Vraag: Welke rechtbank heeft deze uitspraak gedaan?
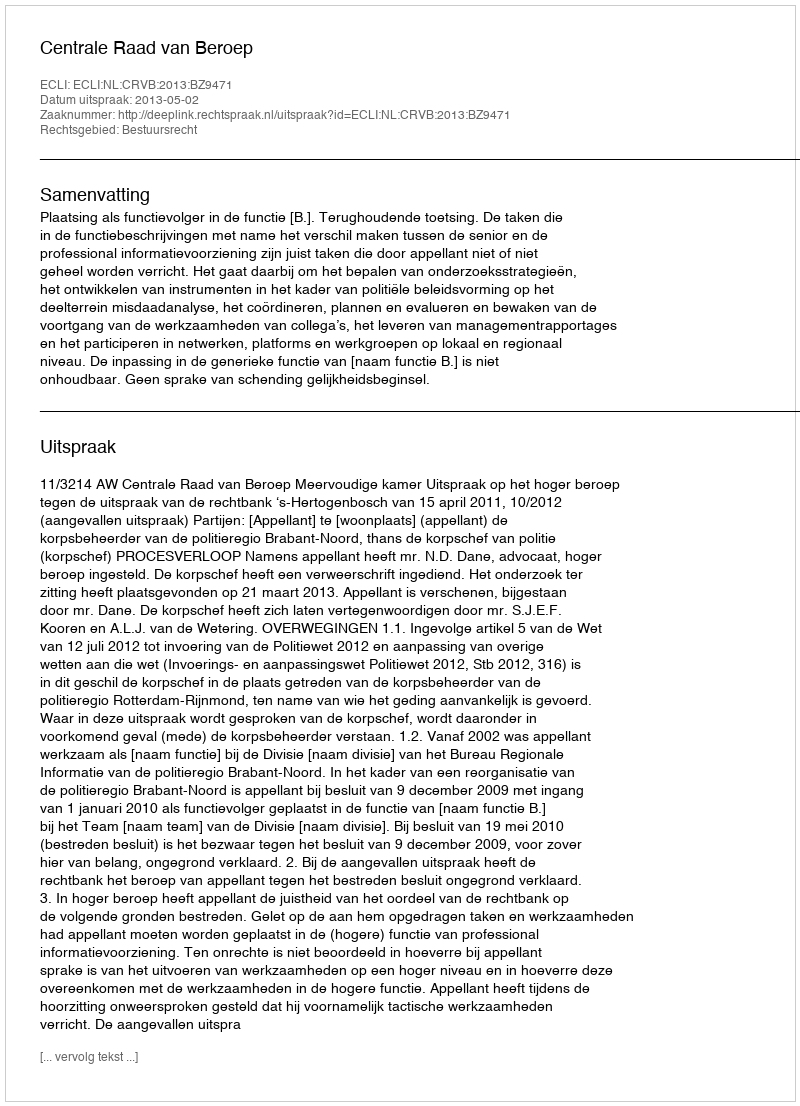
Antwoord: Centrale Raad van Beroep